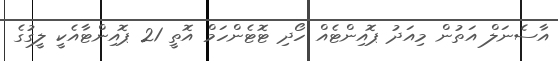
އާސެނަލް އަތުން މިއަދު ޕޮއިންޓެއް ހޯދި ޓޮޓެންހަމް އޮތީ 21 ޕޮއިންޓާއެކީ ލީގުގެ